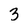
Character: 3